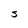
Character: S